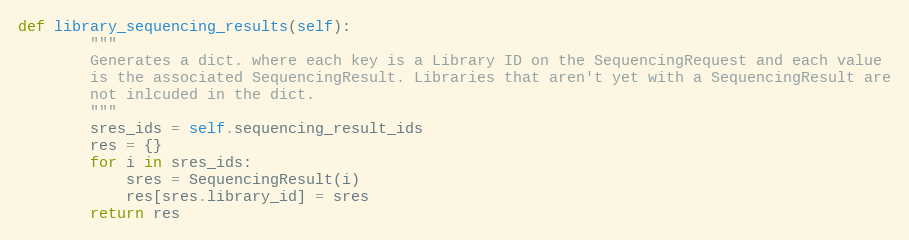
Language: Python
def library_sequencing_results(self):
        """
        Generates a dict. where each key is a Library ID on the SequencingRequest and each value
        is the associated SequencingResult. Libraries that aren't yet with a SequencingResult are
        not inlcuded in the dict.
        """
        sres_ids = self.sequencing_result_ids
        res = {}
        for i in sres_ids:
            sres = SequencingResult(i)
            res[sres.library_id] = sres
        return res